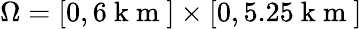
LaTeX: \Omega=[0,6\mathrm{~k~m~}]\times[0,5.25\mathrm{~k~m~}]